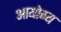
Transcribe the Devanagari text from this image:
आयोग्य